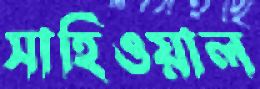
সাহিওয়াল